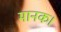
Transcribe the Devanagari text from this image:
मानक।